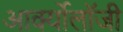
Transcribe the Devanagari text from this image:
आर्क्योलॉजी